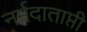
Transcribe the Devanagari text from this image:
नर्मदाताप्ती